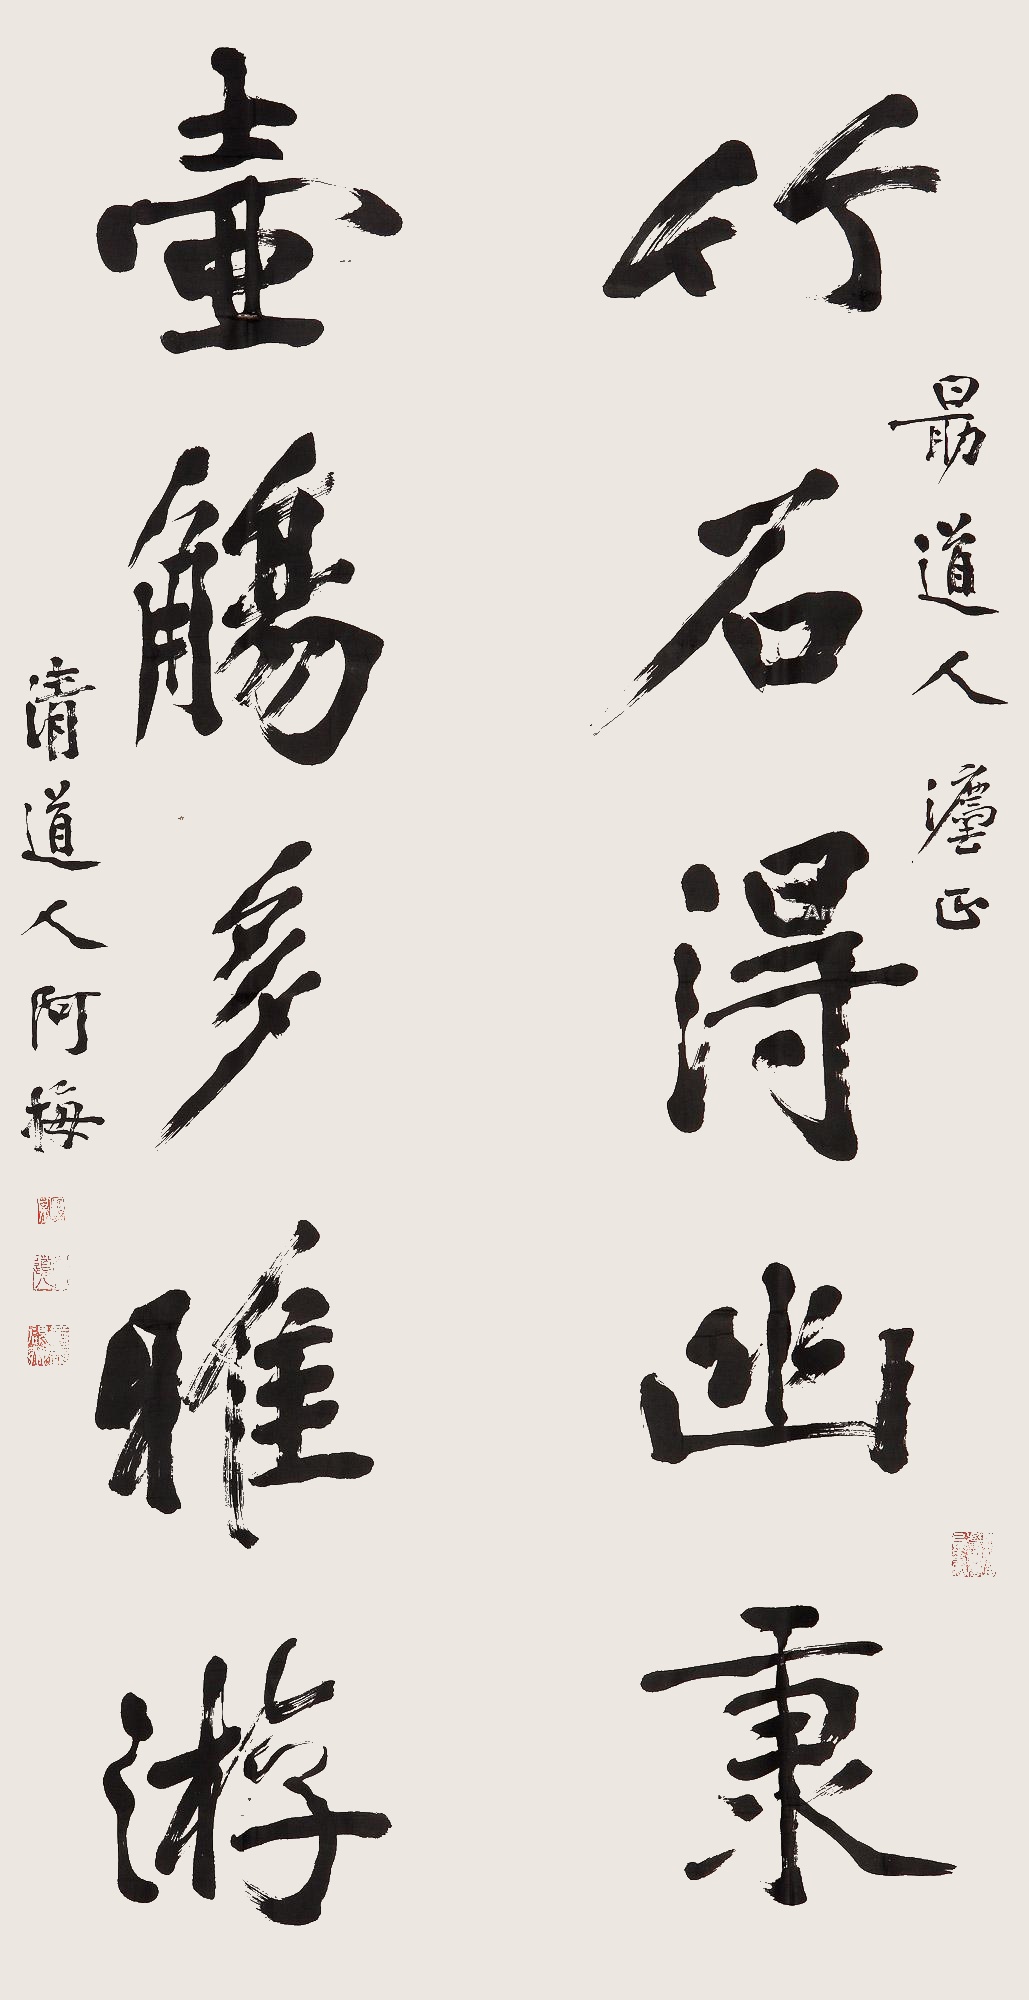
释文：竹石得幽秉，壶觞多雅游。勖道人法正，清道人阿梅。